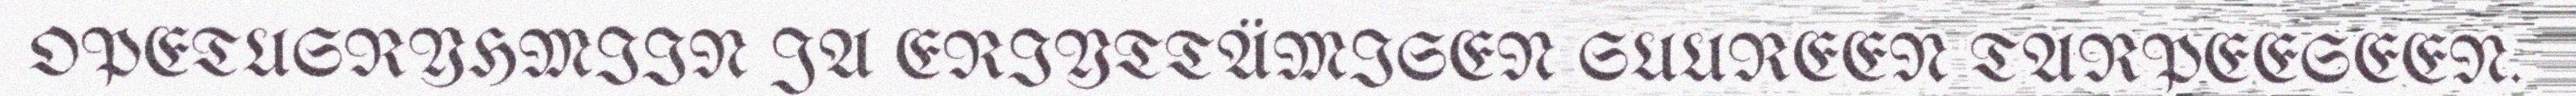
OPETUSRYHMIIN JA ERIYTTÄMISEN SUUREEN TARPEESEEN.